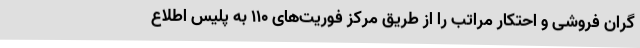
گران فروشی و احتکار مراتب را از طریق مرکز فوریت‌های 110 به پلیس اطلاع